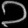
Digit: ၁